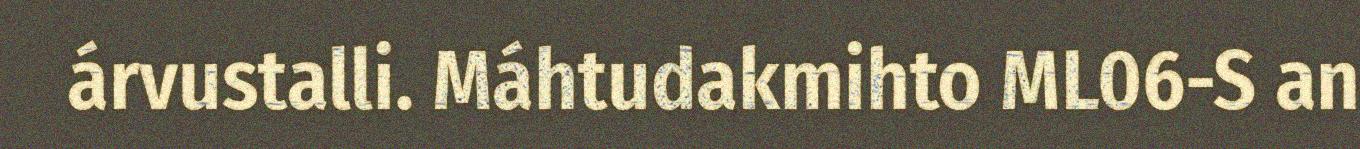
árvustalli. Máhtudakmihto ML06-S an